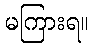
မကြားရ။